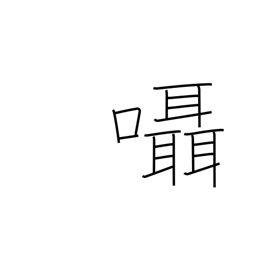
Meaning: murmur